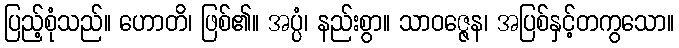
ပြည့်စုံသည်။ ဟောတိ၊ ဖြစ်၏။ အပ္ပံ၊ နည်းစွာ။ သာဝဇ္ဇေန၊ အပြစ်နှင့်တကွသော။